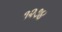
૧૨૭૪